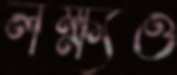
লক্ষ্যও